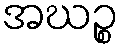
အဃဉ္စ